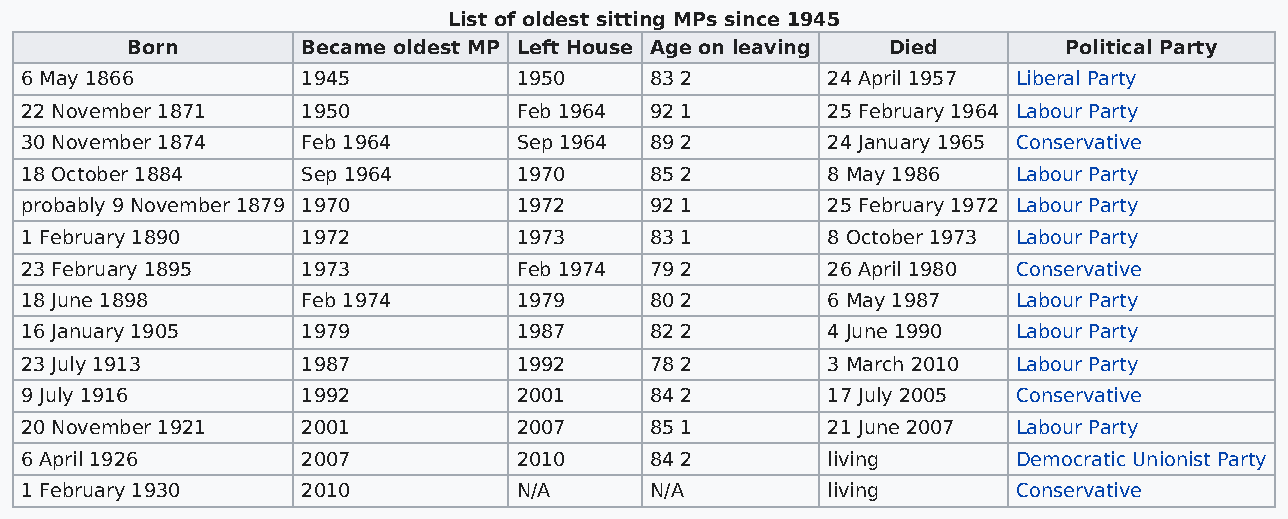
List of oldest sitting MPs since 1945
 Born        Became oldest MP Left House Age on leaving Died   Political Party
 6 May 1866         1945          1950     83 2        24 April 1957 Liberal Party
 22 November 1871   1950          Feb 1964 92 1        25 February 1964 Labour Party
 30 November 1874   Feb 1964      Sep 1964 89 2        24 January 1965 Conservative
 18 October 1884    Sep 1964      1970     85 2        8 May 1986  Labour Party
 probably 9 November 1879 1970    1972     92 1        25 February 1972 Labour Party
 1 February 1890    1972          1973     83 1        8 October 1973 Labour Party
 23 February 1895   1973          Feb 1974 79 2        26 April 1980 Conservative
 18 June 1898       Feb 1974      1979     80 2        6 May 1987  Labour Party
 16 January 1905    1979          1987     82 2        4 June 1990 Labour Party
 23 July 1913       1987          1992     78 2        3 March 2010 Labour Party
 9 July 1916        1992          2001     84 2        17 July 2005 Conservative
 20 November 1921   2001          2007     85 1        21 June 2007 Labour Party
 6 April 1926       2007          2010     84 2        living      Democratic Unionist Party
 1 February 1930    2010          N/A      N/A         living      Conservative